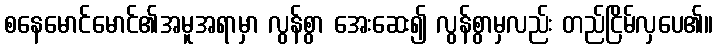
စနေမောင်မောင်၏အမူအရာမှာ လွန်စွာ အေးဆေး၍ လွန်စွာမှလည်း တည်ငြိမ်လှပေ၏။